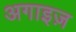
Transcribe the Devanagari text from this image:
अगाइज़